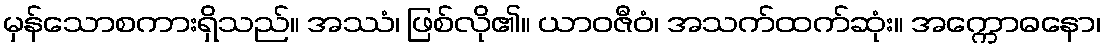
မှန်သောစကားရှိသည်။ အဿံ၊ ဖြစ်လို၏။ ယာဝဇီဝံ၊ အသက်ထက်ဆုံး။ အက္ကောဓနော၊